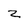
Character: z